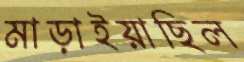
মাড়াইয়াছিল